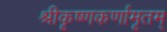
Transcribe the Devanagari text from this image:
श्रीकृष्णकर्णामृतम्